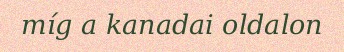
míg a kanadai oldalon